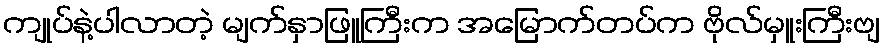
ကျုပ်နဲ့ပါလာတဲ့ မျက်နှာဖြူကြီးက အမြောက်တပ်က ဗိုလ်မှူးကြီးဗျ